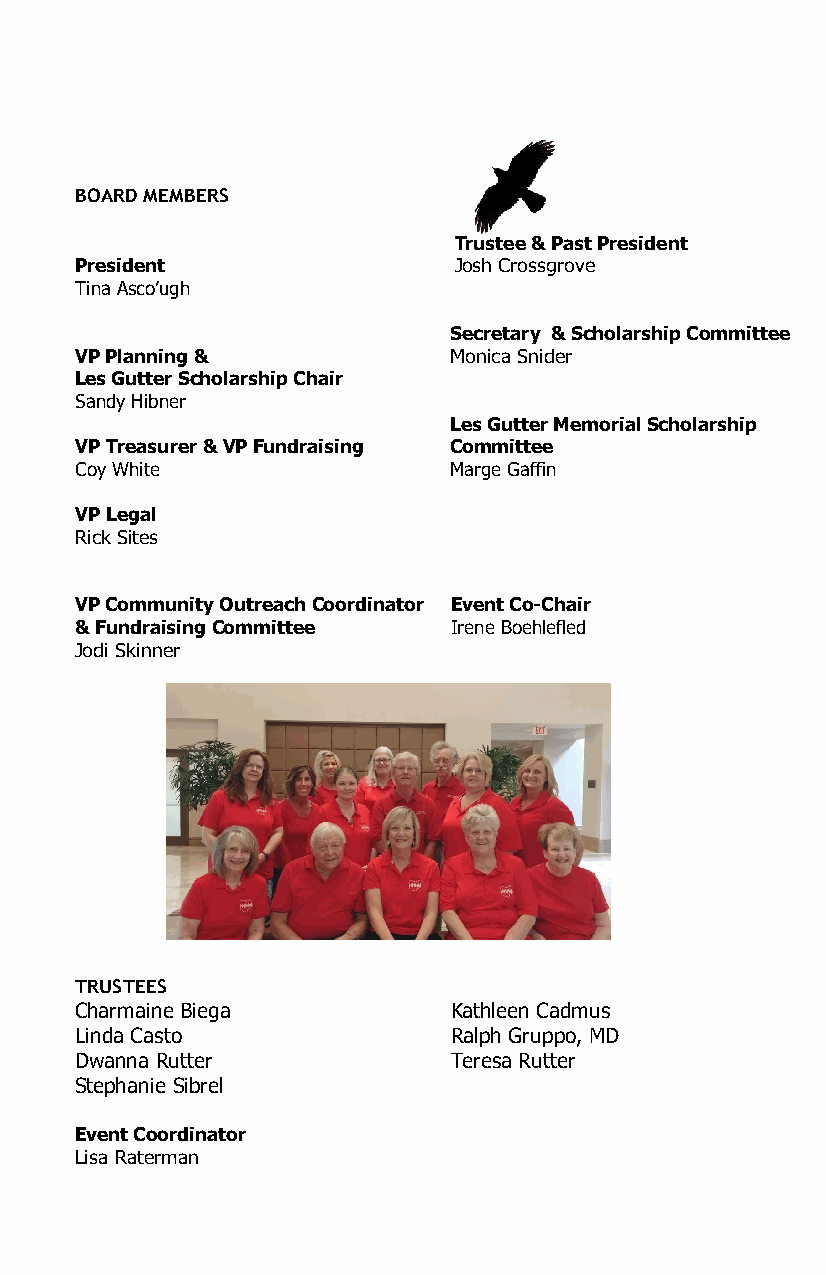
BOARD MEMBERS
 Trustee & Past President
 President                Josh Crossgrove
 Tina Asco’ugh
 Secretary & Scholarship Committee
 VP Planning &            Monica Snider
 Les Gutter Scholarship Chair
 Sandy Hibner
 Les Gutter Memorial Scholarship
 VP Treasurer & VP Fundraising Committee
 Coy White                Marge Gaffin
 VP Legal
 Rick Sites
 VP Community Outreach Coordinator Event Co-Chair
 & Fundraising Committee  Irene Boehlefled
 Jodi Skinner
 TRUSTEES
 Charmaine Biega          Kathleen Cadmus
 Linda Casto              Ralph Gruppo, MD
 Dwanna Rutter            Teresa Rutter
 Stephanie Sibrel
 Event Coordinator
 Lisa Raterman